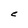
Character: C